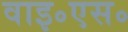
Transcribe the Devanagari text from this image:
वाइ॰एस॰